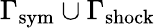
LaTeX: \Gamma_{\mathrm{sym}}\cup\Gamma_{\mathrm{shock}}